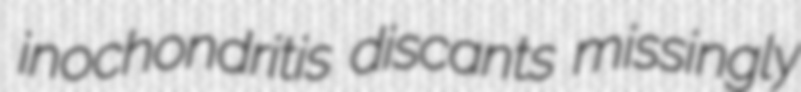
inochondritis discants missingly